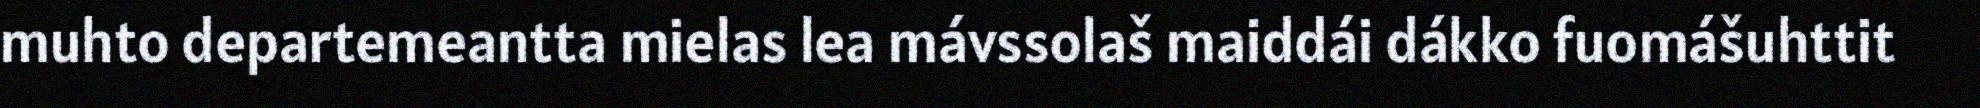
muhto departemeantta mielas lea mávssolaš maiddái dákko fuomášuhttit